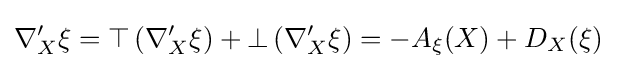
\nabla '_{X}\xi =\top \left(\nabla '_{X}\xi \right)+\bot \left(\nabla '_{X}\xi \right)=-A_{\xi }(X)+D_{X}(\xi )